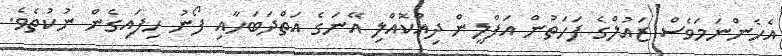
އެހެންނަމަވެސް ޒައުލްގެ ފަހަތުން އަފްލީން ދިއްކޮއްލި އޭނަގެ އަތްދަބަހާއި ފޯނު ހިފައިގެން ނުކުތެވެ.